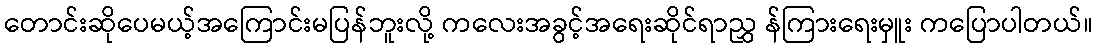
တောင်းဆိုပေမယ့်အကြောင်းမပြန်ဘူးလို့ ကလေးအခွင့်အရေးဆိုင်ရာညွှ န်ကြားရေးမှူး ကပြောပါတယ်။